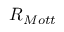
R _ { M o t t }